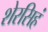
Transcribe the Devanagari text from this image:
शेरसिहं